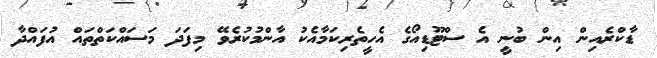
ޑާކްރެއިން އިން ބުނީ އެ ސްޓޫޑިއޯގެ އެހީތެރިކަމާއެކު އާންމުކުރެވޭ މިފަދަ މަސައްކަތްތައް އުފައްދާ